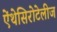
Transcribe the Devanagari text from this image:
ऐंथेसिरोटेलीज